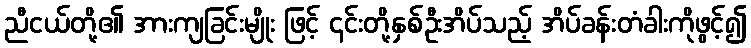
ညီငယ်တို့၏ အားကျခြင်းမျိုး ဖြင့် ၎င်းတို့နှစ်ဦးအိပ်သည့် အိပ်ခန်းတံခါးကိုဖွင့်၍